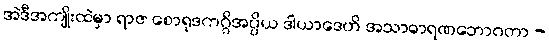
အဲဒီအကျိုးထဲမှာ ရာဇ စောရုဒကဂ္ဂိအပ္ပိယ ဒါယာဒေဟိ အသာဓာရဏဘောဂတာ -